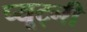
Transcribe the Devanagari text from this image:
प्यूट्नी